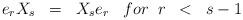
LaTeX: \begin{align*}e_rX_s\;\;=\;\;X_se_r \;\;\; for \;\; r \;\;< \;\; s-1\end{align*}